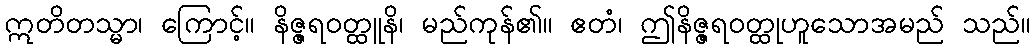
ဣတိတသ္မာ၊ ကြောင့်။ နိဇ္ဇရဝတ္ထူနိ၊ မည်ကုန်၏။ ဧတံ၊ ဤနိဇ္ဇရဝတ္ထုဟူသောအမည် သည်။